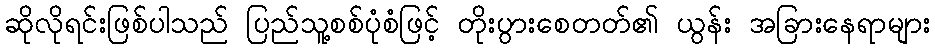
ဆိုလိုရင်းဖြစ်ပါသည် ပြည်သူ့စစ်ပုံစံဖြင့် တိုးပွားစေတတ်၏ ယွန်း အခြားနေရာများ